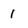
Character: I